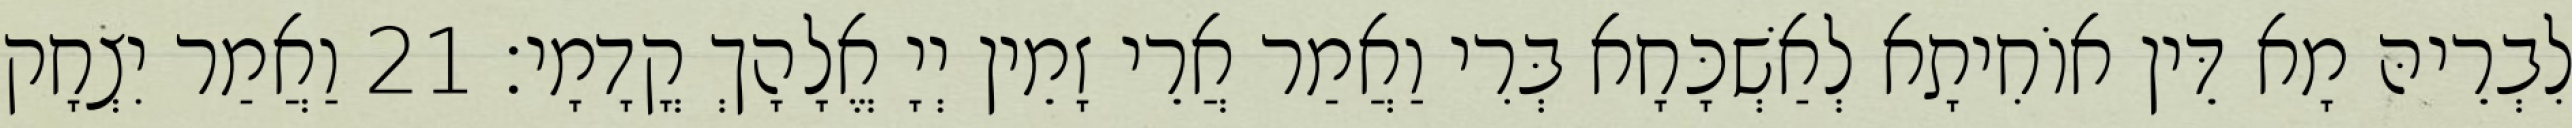
לִבְרֵיהּ מָא דֵּין אוֹחִיתָא לְאַשְׁכָּחָא בְּרִי וַאֲמַר אֲרֵי זָמֵין יְיָ אֱלָהָךְ קֳדָמָי׃ 21 וַאֲמַר יִצְחָק